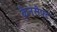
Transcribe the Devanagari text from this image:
क्रैनसैफ्ट